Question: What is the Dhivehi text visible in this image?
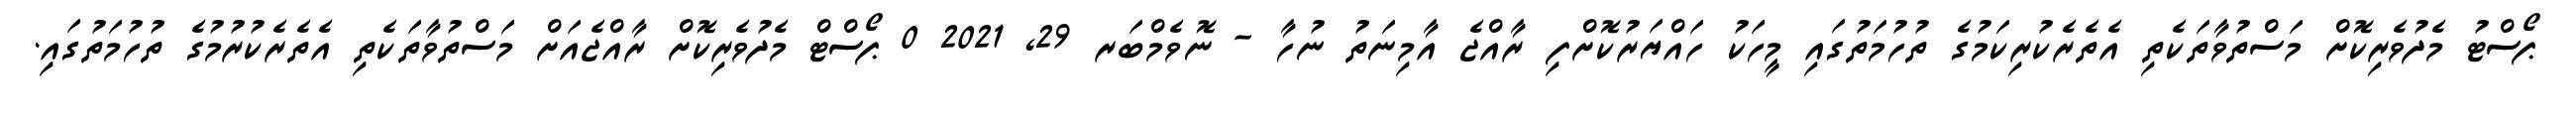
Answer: ޕޯސްޓު މެދުވެރިކޮށް މަސްތުވާތަކެތި އެތެރެކުރިކަމުގެ ތުހުމަތުގައި މީހަކު ހައްޔަރުކޮށްފި ރާއްޖެ އާމިނަތު ނުހާ - ނޮވެމްބަރ 29, 2021 0 ޕޯސްޓް މެދުވެރިކޮށް ރާއްޖެއަށް މަސްތުވާތަކެތި އެތެރެކުރުމުގެ ތުހުމަތުގައި.